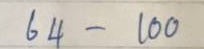
64 - 100